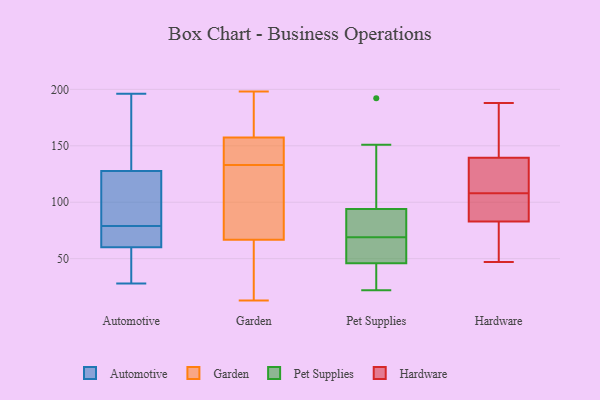
{"axis": {"x": "Backlog", "y": "Value"}, "legend": ["Automotive", "Garden", "Hardware", "Pet Supplies"], "data": [{"x": "", "y": 79, "type": "Automotive"}, {"x": "", "y": 63, "type": "Automotive"}, {"x": "", "y": 39, "type": "Automotive"}, {"x": "", "y": 110, "type": "Automotive"}, {"x": "", "y": 145, "type": "Automotive"}, {"x": "", "y": 64, "type": "Automotive"}, {"x": "", "y": 33, "type": "Automotive"}, {"x": "", "y": 196, "type": "Automotive"}, {"x": "", "y": 122, "type": "Automotive"}, {"x": "", "y": 64, "type": "Automotive"}, {"x": "", "y": 51, "type": "Automotive"}, {"x": "", "y": 76, "type": "Automotive"}, {"x": "", "y": 152, "type": "Automotive"}, {"x": "", "y": 28, "type": "Automotive"}, {"x": "", "y": 107, "type": "Automotive"}, {"x": "", "y": 96, "type": "Automotive"}, {"x": "", "y": 160, "type": "Automotive"}, {"x": "", "y": 44, "type": "Garden"}, {"x": "", "y": 119, "type": "Garden"}, {"x": "", "y": 198, "type": "Garden"}, {"x": "", "y": 161, "type": "Garden"}, {"x": "", "y": 181, "type": "Garden"}, {"x": "", "y": 107, "type": "Garden"}, {"x": "", "y": 54, "type": "Garden"}, {"x": "", "y": 134, "type": "Garden"}, {"x": "", "y": 133, "type": "Garden"}, {"x": "", "y": 13, "type": "Garden"}, {"x": "", "y": 156, "type": "Garden"}, {"x": "", "y": 71, "type": "Garden"}, {"x": "", "y": 142, "type": "Garden"}, {"x": "", "y": 22, "type": "Pet Supplies"}, {"x": "", "y": 69, "type": "Pet Supplies"}, {"x": "", "y": 45, "type": "Pet Supplies"}, {"x": "", "y": 46, "type": "Pet Supplies"}, {"x": "", "y": 47, "type": "Pet Supplies"}, {"x": "", "y": 192, "type": "Pet Supplies"}, {"x": "", "y": 46, "type": "Pet Supplies"}, {"x": "", "y": 88, "type": "Pet Supplies"}, {"x": "", "y": 96, "type": "Pet Supplies"}, {"x": "", "y": 88, "type": "Pet Supplies"}, {"x": "", "y": 151, "type": "Pet Supplies"}, {"x": "", "y": 141, "type": "Hardware"}, {"x": "", "y": 47, "type": "Hardware"}, {"x": "", "y": 69, "type": "Hardware"}, {"x": "", "y": 103, "type": "Hardware"}, {"x": "", "y": 188, "type": "Hardware"}, {"x": "", "y": 89, "type": "Hardware"}, {"x": "", "y": 108, "type": "Hardware"}, {"x": "", "y": 135, "type": "Hardware"}, {"x": "", "y": 81, "type": "Hardware"}, {"x": "", "y": 123, "type": "Hardware"}, {"x": "", "y": 164, "type": "Hardware"}]}